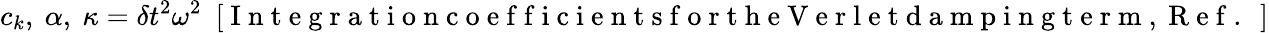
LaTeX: c_{k},~\alpha,~\kappa=\delta t^{2}\omega^{2}~~[\mathrm{~I~n~t~e~g~r~a~t~i~o~n~c~o~e~f~f~i~c~i~e~n~t~s~f~o~r~t~h~e~V~e~r~l~e~t~d~a~m~p~i~n~g~t~e~r~m~,~R~e~f~.~\ }]